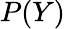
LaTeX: P(Y)